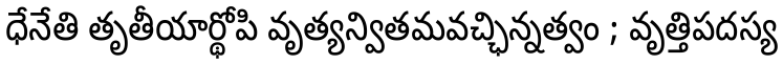
ధేనేతి తృతీయార్థోపి వృత్యన్వితమవచ్ఛిన్నత్వం ; వృత్తిపదస్య